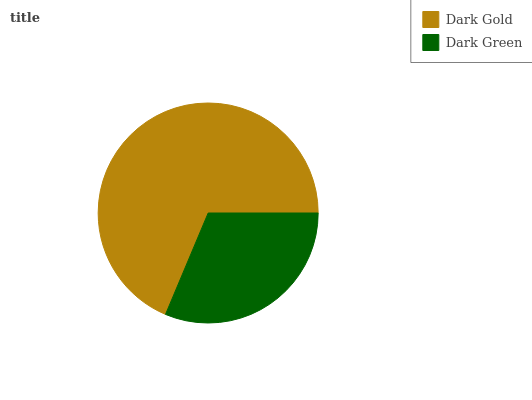
| Dark Gold | Dark Green |
 | --- | --- |
 | 68.6% | 31.4% |